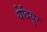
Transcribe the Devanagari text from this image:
येदियुर